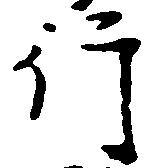
行